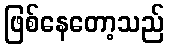
ဖြစ်နေတော့သည်